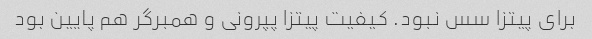
برای پیتزا سس نبود. کیفیت پیتزا پپرونی و همبرگر هم پایین بود